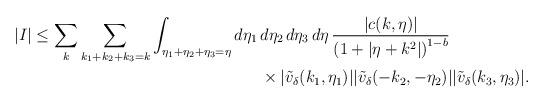
LaTeX: \begin{align*}|I| \leq \sum_k \sum_{k_1+k_2+k_3=k} \int_{\eta_1+\eta_2+\eta_3=\eta} d\eta_1\,&d\eta_2\,d\eta_3\,d\eta \, \frac{|c(k,\eta)|}{\left(1+|\eta+k^2|\right)^{1-b}} \\&\times |\tilde{v}_\delta(k_1,\eta_1)||\tilde{v}_\delta(-k_2,-\eta_2)||\tilde{v}_\delta(k_3,\eta_3)|.\end{align*}